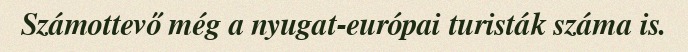
Számottevő még a nyugat-európai turisták száma is.